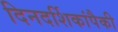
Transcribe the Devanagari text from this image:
दिनदर्शिकांपैकी